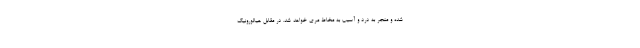
شده و منجر به درد و آسیب به مخاط مری خواهد شد. در مقابل هیالورونیک